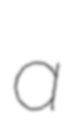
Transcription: a